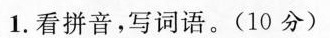
1.看拼音，写词语。(10分)